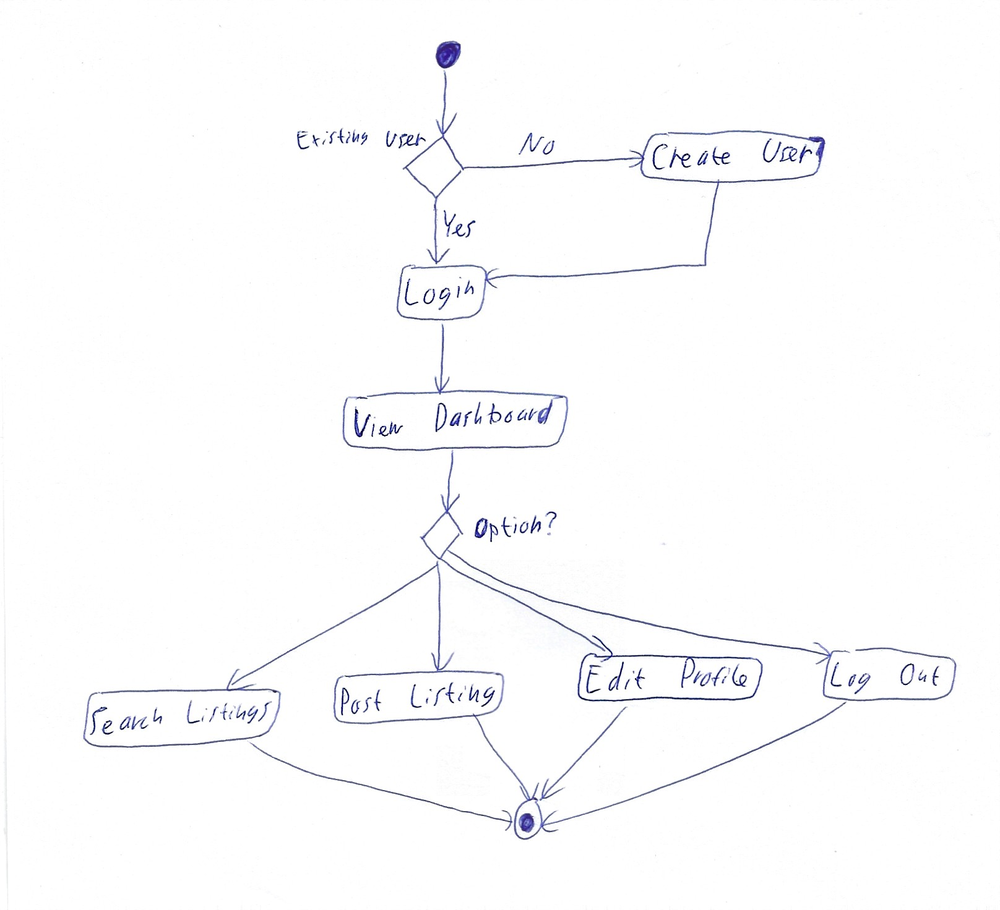
Diagram type: activity_diagram
```plantuml
@startuml

start

if (Existing User) then (No)
  :Create User;
else (Yes)
endif

:Login;

:View Dashboard;

switch (Option?)
case ()
  :Search Listings;
case ()
  :Post Listing;
case ()
  :Edit Profile;
case ()
  :Log Out;
endswitch

stop

@enduml
```